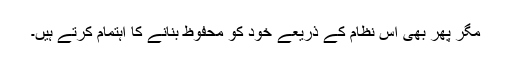
مگر پھر بھی اس نظام کے ذریعے خود کو محفوظ بنانے کا اہتمام کرتے ہیں۔